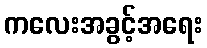
ကလေးအခွင့်အရေး